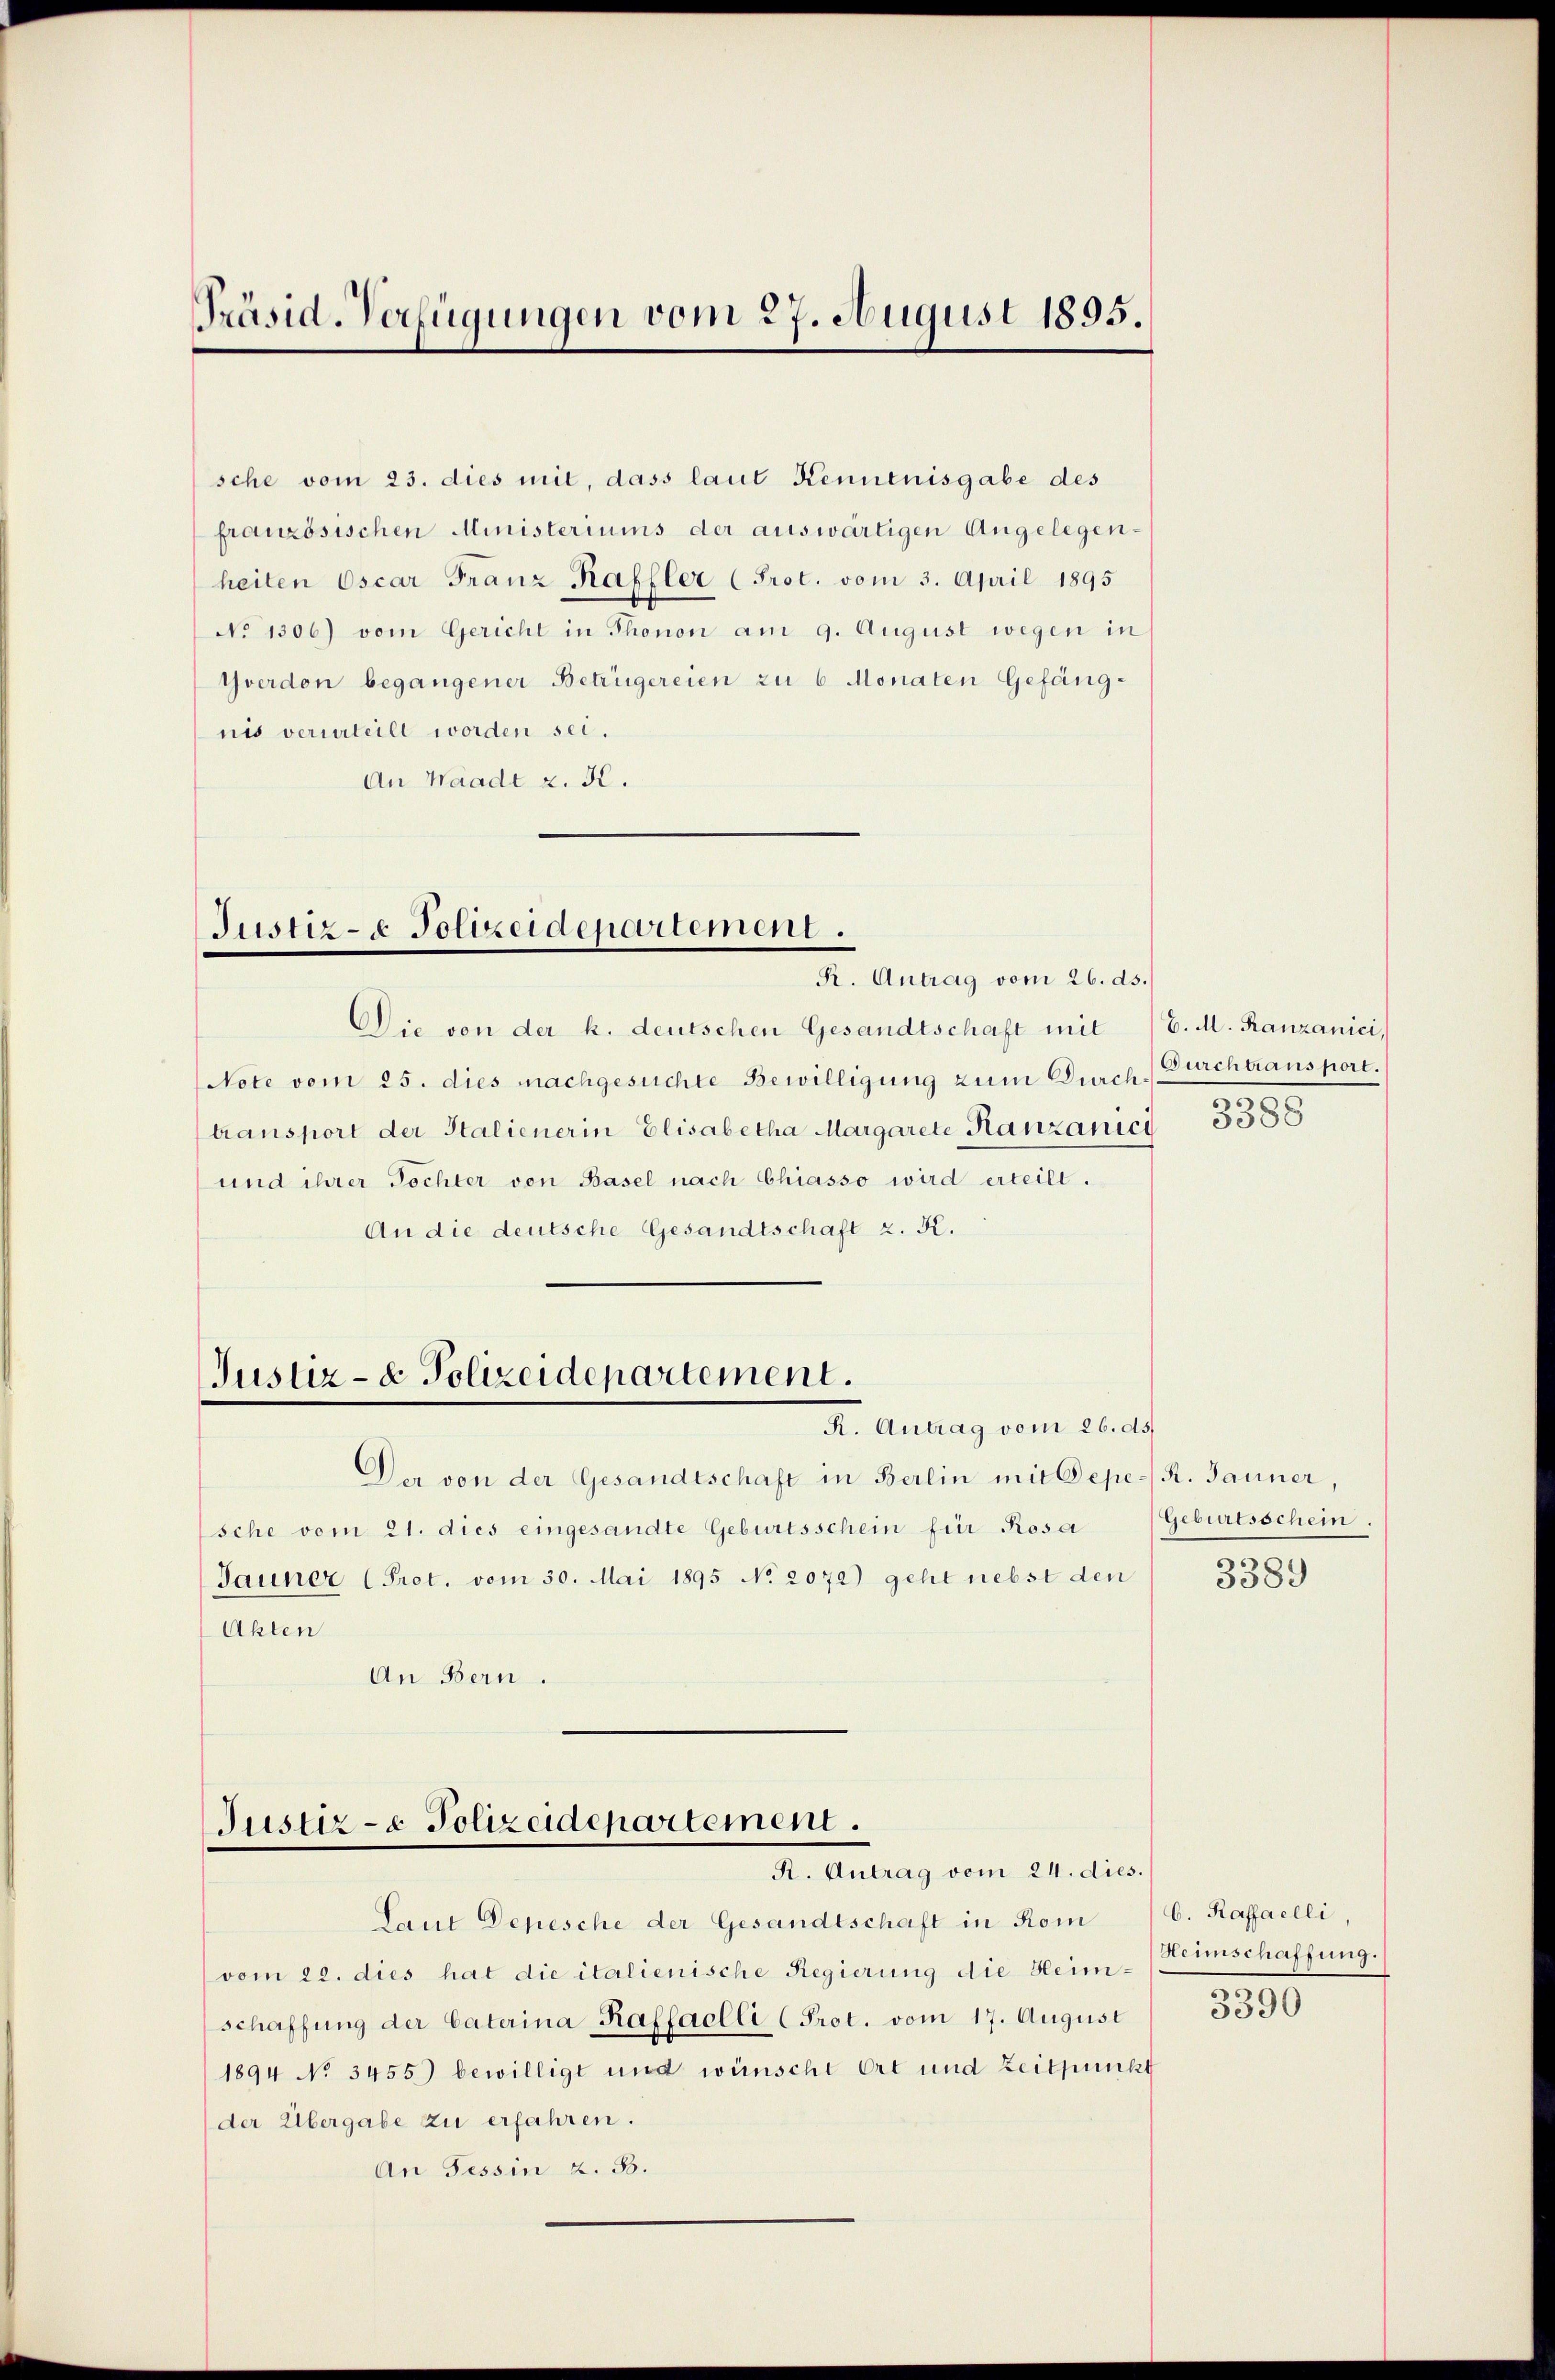
Präsid. Verfügungen vom 27. August 1895.

sche vom 23. dies mit, dass laut Kenntnisgabe des
französischen Ministeriums der auswärtigen Angelegenheiten Oscar Franz Kaffler (Prot. vom 3. April 1895
No 1306) vom Gericht in Thonon am 9. August wegen in
Yverdon begangener Betrügereien zu 6 Monaten Gefängnis verurteilt worden sei.
An Waadt z. K.

Justiz - Polizeidepartement.
R. Antrag vom 26. ds.

Die von der k. deutschen Gesandtschaft mit

Note vom 25. dies machgesuchte Bewilligung zum Durch
transport der Stalienerin Elisabetha Margarete Kanzanici
und ihrer Tochter von Basel nach Chiasso wird erteilt.
An die deutsche Gesandtschaft z. K.

Justiz- & Polizeidepartement.
K. Antrag vom 26. ds.

Der von der Gesandtschaft in Berlin mit Oepe-R. Jauner,
sche vom 21. dies eingesandte Geburtsschein für Rosa
Jauner (Pret. vom 30. Mai 1895 No 2072) geht nebst den
Akten
An Bern.

Justiz- & Polizeidepartement.
R. Antrag vom 24. dies.

Laut Depesche der Gesandtschaft in Rom C. Raffaelli,

vom 22. dies hat die italienische Regierung die Heim-Heimschaffung.
schaffung der Caterina Raffaclli (Prot. vom 17. August
1894 No 3455) bewilligt und wünsche Ort und Zeitpunkt
der Übergabe zu erfahren.
An Tessin z. B.

C. M. Ranzanici,
Durchtransport.
n
5388

Geburtsschein.
n

3389

.
3390